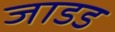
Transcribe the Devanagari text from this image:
जाडड